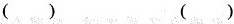
( ) ( )